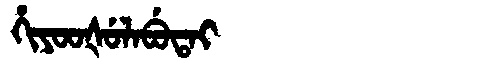
Manchu: ᡥᡳᠶᠣᠣᡧᡠᠯᠠᠪᡠᡨᠠᡳ
Romanization: HIYOOŠULABUTAI